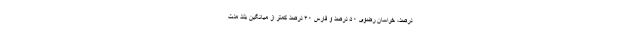
درصد، خراسان رضوی ۵۰ درصد و فارس ۴۰ درصد کمتر از میانگین بلند مدت